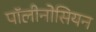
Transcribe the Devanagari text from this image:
पॉलीनोसियन